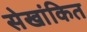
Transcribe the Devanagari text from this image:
सेखांकित